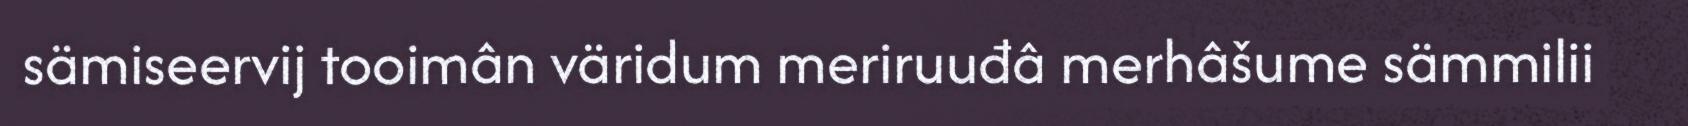
sämiseervij tooimân väridum meriruuđâ merhâšume sämmilii